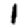
Digit: 1